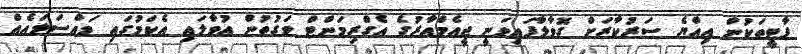
ޕާޓީތަކުން އިއްޔެ ސަރުކާރަށް ގޮވާލާފައިވަނީ ޖީއެމްއާރުގެ އެގްރިމަންޓް ވަގުތުން އުވާލައި އެކަމުގައި މައްސަލައެއް